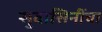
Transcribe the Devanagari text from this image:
सुवासिनींचा